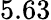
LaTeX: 5.63